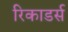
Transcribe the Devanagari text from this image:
रिकाडर्स